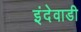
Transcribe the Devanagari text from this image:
इंदेवाडी